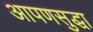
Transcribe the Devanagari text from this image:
आपणसुद्धा